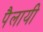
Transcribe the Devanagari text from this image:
पैलायी